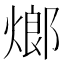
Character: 𤍎